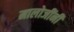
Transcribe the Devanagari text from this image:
मालोजींनी